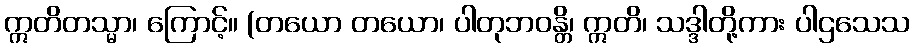
ဣတိတသ္မာ၊ ကြောင့်။ (တယော တယော၊ ပါတုဘဝန္တိ၊ ဣတိ၊ သဒ္ဒါတို့ကား ပါဌသေသ